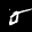
Label: 5